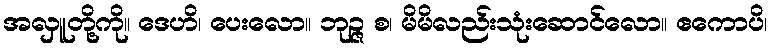
အလှူတို့ကို။ ဒေဟိ၊ ပေးလော။ ဘုဉ္ဇ စ၊ မိမိလည်းသုံးဆောင်လော။ ဧကောပိ၊